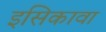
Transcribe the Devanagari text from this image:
इसिकावा